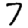
Digit: 7